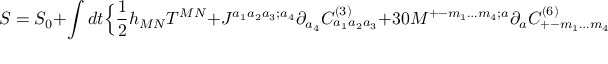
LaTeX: S = S _ { 0 } + \int d t \Big \{ { \frac { 1 } { 2 } } h _ { M N } T ^ { M N } + J ^ { a _ { 1 } a _ { 2 } a _ { 3 } ; a _ { 4 } } \partial _ { a _ { 4 } } C _ { a _ { 1 } a _ { 2 } a _ { 3 } } ^ { ( 3 ) } + 3 0 M ^ { + - m _ { 1 } \ldots m _ { 4 } ; a } \partial _ { a } C _ { + - m _ { 1 } \ldots m _ { 4 } } ^ { ( 6 ) } \Big \}